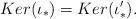
LaTeX: \begin{align*}Ker (\iota _*) = Ker (\iota _*') .\end{align*}